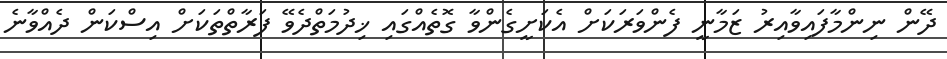
ދޭން ނިންމާފައިވާއިރު ޒަމާނީ ފެންވަރަކަށް އެކަށީގެންވާ ގޮތެއްގައި ޚިދުމަތްދެވޭ ފަރާތްތަކަށް އިސްކަން ދެއްވާނެ